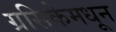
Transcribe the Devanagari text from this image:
ग्रसिकेमधून